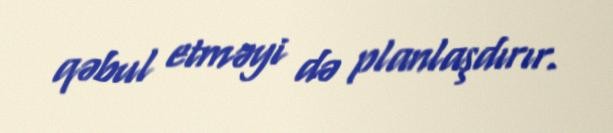
qəbul etməyi də planlaşdırır.